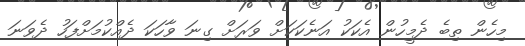
މިހެން ތިބެ ދެމީހުން އެކަކު އަނެކަކަށް ވަރަށް ގިނަ ވާހަކަ ދެއްކުމަށްފަހު ދެވަނަ